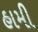
હામી